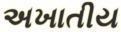
અખાતીય